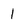
Character: 1